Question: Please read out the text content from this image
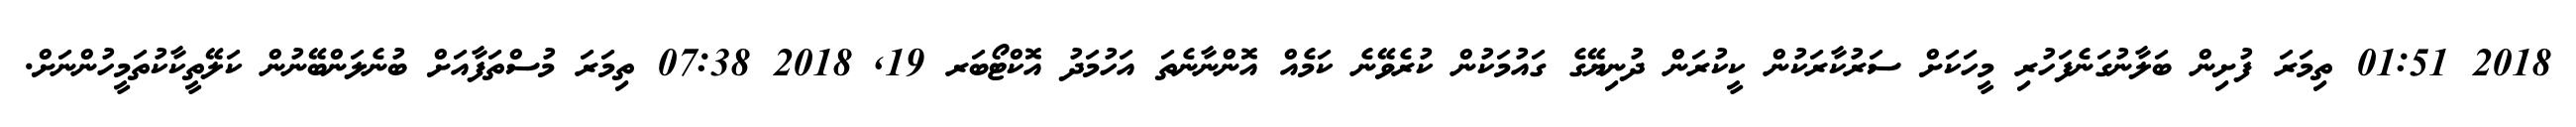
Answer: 2018 01:51 ތިމަރަ ފުށިން ބަލާނުގަނެފަހުރި މީހަކަށް ސަރުކާރަކުން ކީކުރަން ދުނިޔޭގެ ގައުމަކުން ކުރެވޭނެ ކަމެއް އޮންނާނެތަ އަހުމަދު އޮކްޓޯބަރ 19, 2018 07:38 ތިމަރަ މުސްތަފާއަށް ބުނެލަންބޭނުން ކަލޭތީކާކުތަމީހުންނަށް.